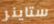
ستاينر